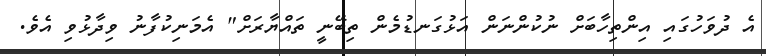
އެ ދުވަހުގައި އިންތިހާބަށް ނުކުންނަން އަޅުގަނޑުމެން ތިބޭނީ ތައްޔާރަށް" އެމަނިކުފާނު ވިދާޅުވި އެވެ.